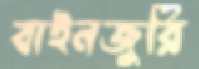
বাইনজুরি